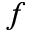
f